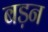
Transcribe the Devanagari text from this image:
बड़न